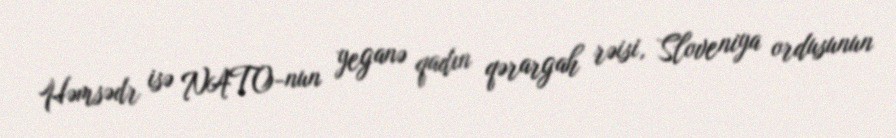
Həmsədr isə NATO-nun yeganə qadın qərargah rəisi, Sloveniya ordusunun